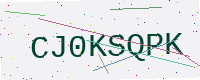
Text: CJ0KSQPK